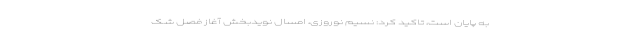
به پایان است، تاکید کرد: نسیم نوروزی، امسال نویدبخشِ آغازِ فصل شک